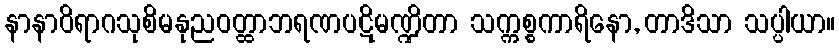
နာနာဝိရာဂသုစိမနုညဝတ္ထာဘရဏပဋိမဏ္ဍိတာ သက္ကစ္စကာရိနော, တာဒိသာ သပ္ပါယာ။